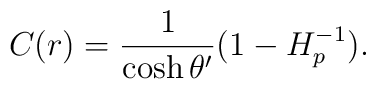
C(r)={1\over{\cosh\theta^{\prime}}}(1-H^{-1}_p).